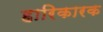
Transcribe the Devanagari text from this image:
हारिकारक